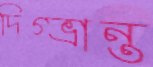
দিগ্ভ্রান্ত